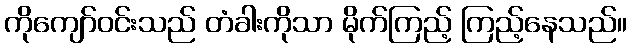
ကိုကျော်ဝင်းသည် တံခါးကိုသာ မိုက်ကြည့် ကြည့်နေသည်။